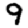
Digit: 9